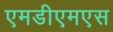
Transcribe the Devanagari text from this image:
एमडीएमएस